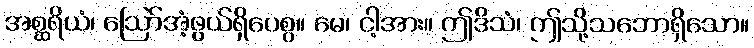
အစ္ဆရိယံ၊ ဩော်အံ့ဖွယ်ရှိပေစွ။ မေ၊ ငါ့အား။ ဤဒိသံ၊ ဤသို့သဘောရှိသော။